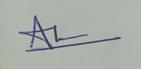
Signature authenticity: genuine